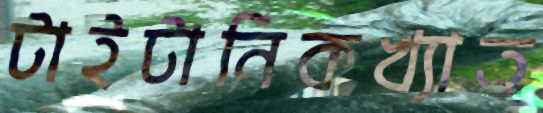
টাইটানিকখ্যাত